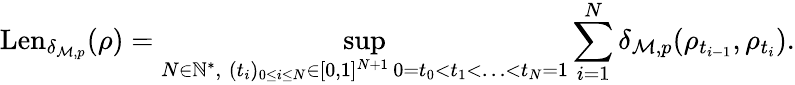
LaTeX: \mathrm{Len}_{\delta_{\mathcal M,p}}(\rho)=\operatorname*{sup}_{\substack{N\in\mathbb{N}^{*},\; (t_{i})_{0\leq i\leq N}\in[0,1]^{N+1}\, 0=t_{0}<t_{1}<\ldots<t_{N}=1}}\sum_{i=1}^{N}\delta_{\mathcal M,p}(\rho_{t_{i-1}},\rho_{t_{i}}).